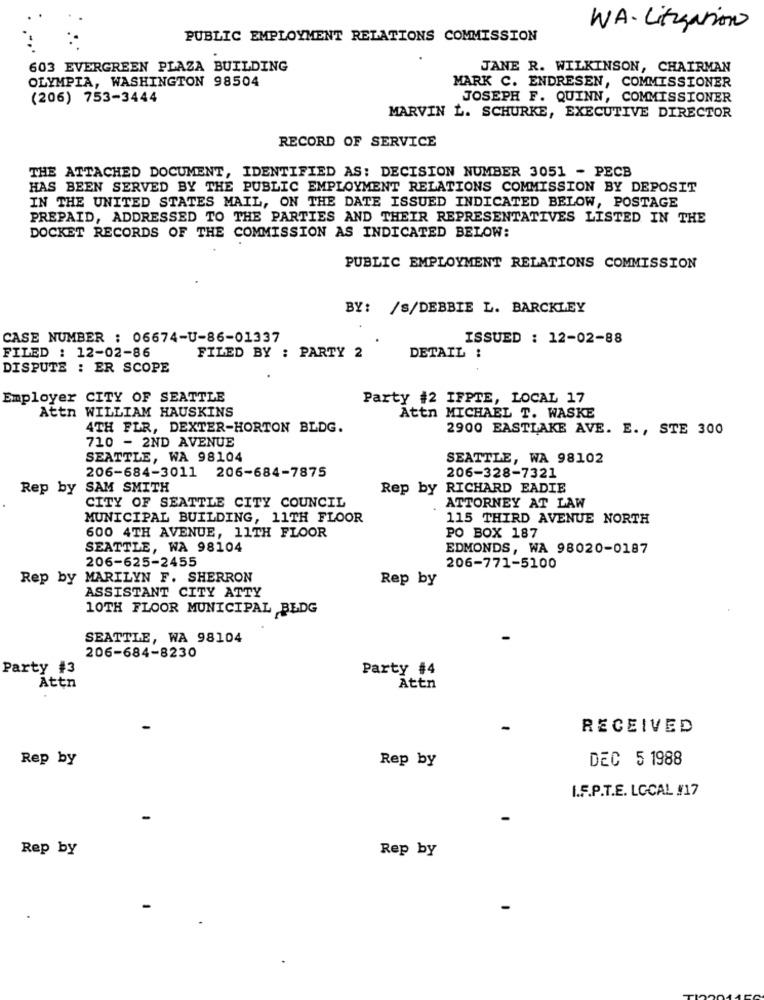
W.A. Litigation
PUBLIC EMPLOYMENT RELATIONS COMMISSION
603 EVERGREEN PLAZA BUILDING
JANE R. WILKINSON, CHAIRMAN
OLYMPIA, WASHINGTON 98504
MARK C. ENDRESEN, COMMISSIONER
(206) 753-3444
JOSEPH F. QUINN, COMMISSIONER
MARVIN L. SCHURKE, EXECUTIVE DIRECTOR
RECORD OF SERVICE
THE ATTACHED DOCUMENT, IDENTIFIED AS: DECISION NUMBER 3051 - PECB
HAS BEEN SERVED BY THE PUBLIC EMPLOYMENT RELATIONS COMMISSION BY DEPOSIT
IN THE UNITED STATES MAIL, ON THE DATE ISSUED INDICATED BELOW, POSTAGE
PREPAID, ADDRESSED TO THE PARTIES AND THEIR REPRESENTATIVES LISTED IN THE
DOCKET RECORDS OF THE COMMISSION AS INDICATED BELOW:
PUBLIC EMPLOYMENT RELATIONS COMMISSION
BY: /S/DEBBIE L. BARCKLEY
CASE NUMBER : 06674-U-86-01337
ISSUED : 12-02-88
FILED : 12-02-86
FILED BY : PARTY 2
DETAIL :
DISPUTE : ER SCOPE
Employer CITY OF SEATTLE
Party #2 IFPTE, LOCAL 17
Attn WILLIAM HAUSKINS
Attn MICHAEL T. WASKE
4TH FLR, DEXTER-HORTON BLDG.
2900 EASTLAKE AVE. E ., STE 300
710 - 2ND AVENUE
SEATTLE, WA 98104
SEATTLE, WA 98102
206-684-3011
206-684-7875
206-328-7321
Rep by SAM SMITH
Rep by RICHARD EADIE
CITY OF SEATTLE CITY COUNCIL
ATTORNEY AT LAW
MUNICIPAL BUILDING, 11TH FLOOR
115 THIRD AVENUE NORTH
600 4TH AVENUE, 11TH FLOOR
PO BOX 187
SEATTLE, WA 98104
EDMONDS, WA 98020-0187
206-625-2455
206-771-5100
Rep by MARILYN F. SHERRON
Rep by
ASSISTANT CITY ATTY
10TH FLOOR MUNICIPAL BLDG
SEATTLE, WA 98104
206-684-8230
Party #3
Party #4
Attn
Attn
RECEIVED
Rep by
Rep by
DEC 5 1988
I.F.P.T.E. LOCAL #17
Rep by
Rep by